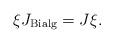
LaTeX: \begin{align*}\xi J_{\mathrm{Bialg}}=J\xi . \end{align*}